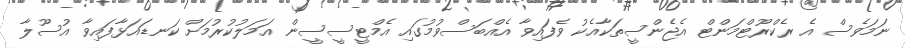
ނަމަވެސް އެ ރެކްރޫޓްމަންޓް އެޖެންސީތަކާއެކު ވެފައިވާ އެއްބަސްވުމުގައި އެމްޓީސީސީން އަމަލުކުރުމަށް ކަނޑައަޅާފައިވާ އުސޫލާ